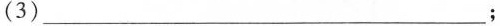
(3)___；